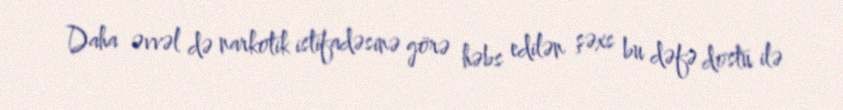
Daha əvvəl də narkotik istifadəsinə görə həbs edilən şəxs bu dəfə dostu ilə